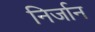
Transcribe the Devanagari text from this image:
निर्जान